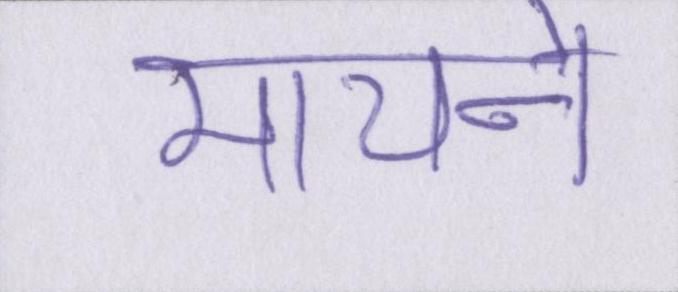
मायने